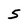
Character: 5